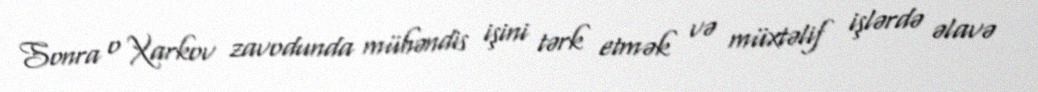
Sonra o Xarkov zavodunda mühəndis işini tərk etmək və müxtəlif işlərdə əlavə